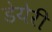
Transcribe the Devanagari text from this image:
डेयेरी